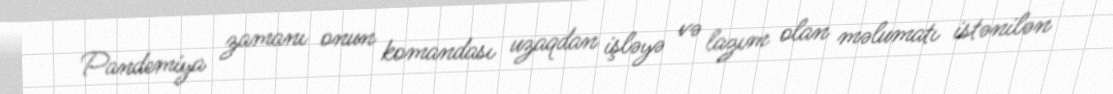
Pandemiya zamanı onun komandası uzaqdan işləyə və lazım olan məlumatı istənilən